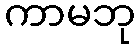
ကာမဘု